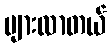
များလာတယ်